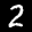
Label: 2